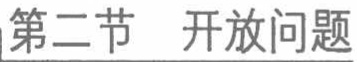
第二节 开放问题